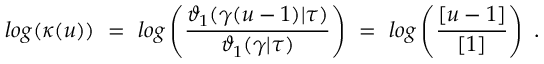
l o g ( \kappa ( u ) ) ~ = ~ l o g \left( { \frac { \vartheta _ { 1 } ( \gamma ( u - 1 ) | \tau ) } { \vartheta _ { 1 } ( \gamma | \tau ) } } \right) ~ = ~ l o g \left( { \frac { [ u - 1 ] } { [ 1 ] } } \right) \ .